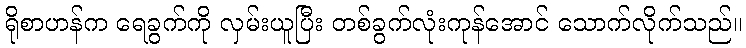
ရိုစာဟန်က ရေခွက်ကို လှမ်းယူပြီး တစ်ခွက်လုံးကုန်အောင် သောက်လိုက်သည်။